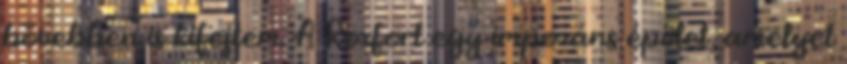
bővebben is kifejtem. A Roxfort egy impozáns épület, amelyet